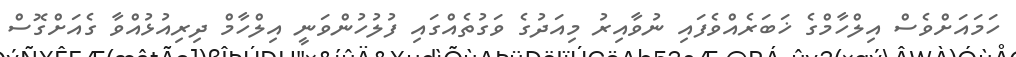
ހަމައަށްވެސް އިލްހާމްގެ ޚަބަރެއްވެފައި ނުވާއިރު މިއަދުގެ ވަގުތެއްގައި ފުލުުހުންވަނީ އިިލްހާމް ދިރިއުޅުއްވާ ގެއަށްގޮސް